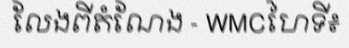
លែងពីតំណែង - WMCហៃទី៖